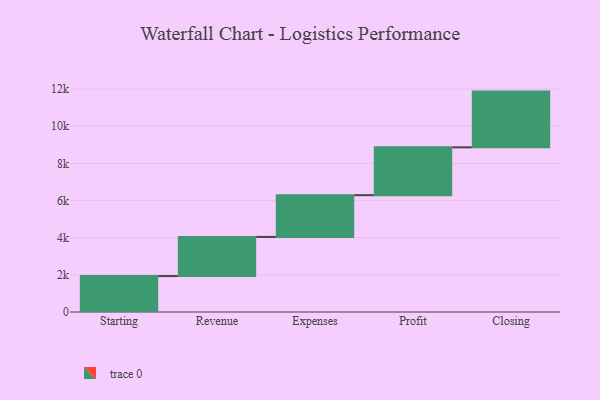
{"axis": {"x": "Step", "y": "Value"}, "legend": [""], "data": [{"x": "Starting", "y": 1934.0, "type": ""}, {"x": "Revenue", "y": 2107.0, "type": ""}, {"x": "Expenses", "y": 2246.0, "type": ""}, {"x": "Profit", "y": 2575.0, "type": ""}, {"x": "Closing", "y": 3000, "type": ""}]}